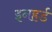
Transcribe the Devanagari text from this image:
इनहर्ड